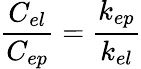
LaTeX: \frac{C_{el}}{C_{ep}}=\frac{k_{ep}}{k_{el}}